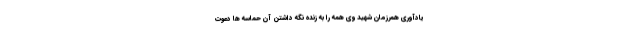
یادآوری همرزمان شهید وی همه را به زنده نگه داشتن آن حماسه ها دعوت